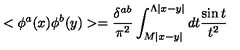
< \phi ^ { a } ( x ) \phi ^ { b } ( y ) > = \frac { \delta ^ { a b } } { \pi ^ { 2 } } \int _ { M | x - y | } ^ { \Lambda | x - y | } d t \frac { \sin t } { t ^ { 2 } }